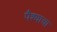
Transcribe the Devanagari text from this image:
पैश्याचा